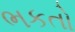
ભકતો